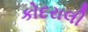
કોદરાલી